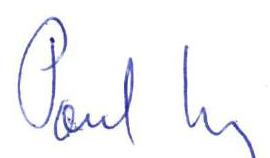
Paul Uy